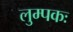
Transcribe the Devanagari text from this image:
लुम्पकः